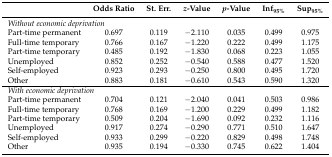
<table><thead><tr><td></td><td><b>Odds Ratio</b></td><td><b>St. Err.</b></td><td><b><i>z</i>-Value</b></td><td><b><i>p</i>-Value</b></td><td><b>Inf<sub>95%</sub></b></td><td><b>Sup<sub>95%</sub></b></td></tr></thead><tbody><tr><td colspan="7"><i>Without economic deprivation</i></td></tr><tr><td>Part-time permanent</td><td>0.697</td><td>0.119</td><td>−2.110</td><td>0.035</td><td>0.499</td><td>0.975</td></tr><tr><td>Full-time temporary</td><td>0.766</td><td>0.167</td><td>−1.220</td><td>0.222</td><td>0.499</td><td>1.175</td></tr><tr><td>Part-time temporary</td><td>0.485</td><td>0.192</td><td>−1.830</td><td>0.068</td><td>0.223</td><td>1.055</td></tr><tr><td>Unemployed</td><td>0.852</td><td>0.252</td><td>−0.540</td><td>0.588</td><td>0.477</td><td>1.520</td></tr><tr><td>Self-employed</td><td>0.923</td><td>0.293</td><td>−0.250</td><td>0.800</td><td>0.495</td><td>1.720</td></tr><tr><td>Other</td><td>0.883</td><td>0.181</td><td>−0.610</td><td>0.543</td><td>0.590</td><td>1.320</td></tr><tr><td colspan="7"><i>With economic deprivation</i></td></tr><tr><td>Part-time permanent</td><td>0.704</td><td>0.121</td><td>−2.040</td><td>0.041</td><td>0.503</td><td>0.986</td></tr><tr><td>Full-time temporary</td><td>0.768</td><td>0.169</td><td>−1.200</td><td>0.229</td><td>0.499</td><td>1.182</td></tr><tr><td>Part-time temporary</td><td>0.509</td><td>0.204</td><td>−1.690</td><td>0.092</td><td>0.232</td><td>1.116</td></tr><tr><td>Unemployed</td><td>0.917</td><td>0.274</td><td>−0.290</td><td>0.771</td><td>0.510</td><td>1.647</td></tr><tr><td>Self-employed</td><td>0.933</td><td>0.299</td><td>−0.220</td><td>0.829</td><td>0.498</td><td>1.748</td></tr><tr><td>Other</td><td>0.935</td><td>0.194</td><td>−0.330</td><td>0.745</td><td>0.622</td><td>1.404</td></tr></tbody></table>